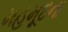
મહમૂદના